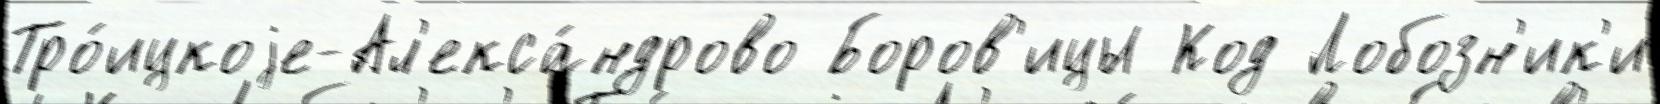
Тро́ицкоjе-Ал'екса́ндрово Боров'ицы Код Лобозн'ик'и